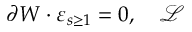
\partial W \cdot \varepsilon _ { s \geq 1 } = 0 , \quad \mathcal { L }